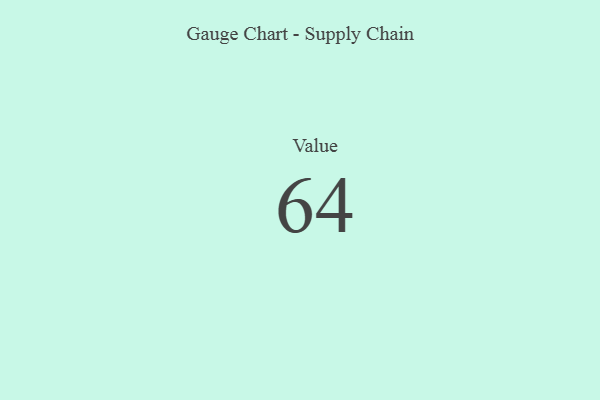
{"axis": {"x": "Metric", "y": "Value"}, "legend": [""], "data": [{"x": "Value", "y": 64, "type": ""}]}